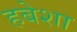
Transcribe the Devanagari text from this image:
हबेशा